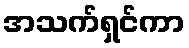
အသက်ရှင်ကာ